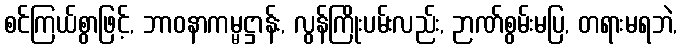
စင်ကြယ်စွာဖြင့်, ဘာဝနာကမ္မဋ္ဌာန်း, လွန်ကြိုးပမ်းလည်း, ဉာဏ်စွမ်းမပြ, တရားမရဘဲ,